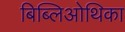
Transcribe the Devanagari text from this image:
बिब्लिओथिका